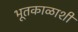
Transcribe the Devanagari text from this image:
भूतकाळाशी